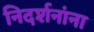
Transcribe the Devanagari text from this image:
निदर्शनांना